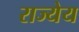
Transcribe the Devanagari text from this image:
राज्येय